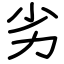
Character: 劣